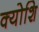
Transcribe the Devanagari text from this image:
क्योशि